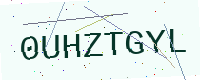
Text: 0UHZTGYL